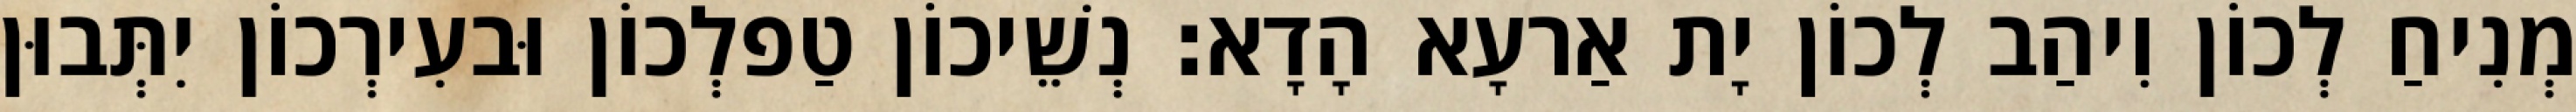
מְנִיחַ לְכוֹן וִיהַב לְכוֹן יָת אַרעָא הָדָא׃ נְשֵׁיכוֹן טַפלְכוֹן וּבעִירְכוֹן יִתְּבוּן